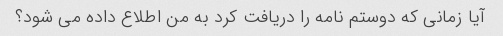
آیا زمانی که دوستم نامه را دریافت کرد به من اطلاع داده می شود؟